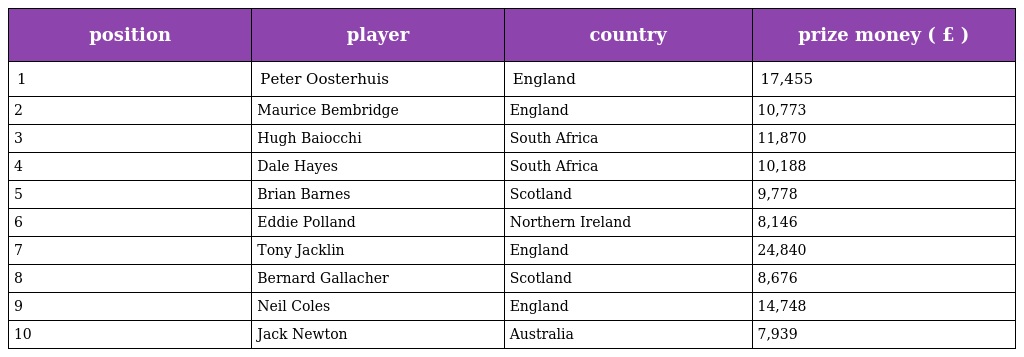
| position | player | country | prize money ( £ ) |
 | --- | --- | --- | --- |
 | 1 | Peter Oosterhuis | England | 17,455 |
 | 2 | Maurice Bembridge | England | 10,773 |
 | 3 | Hugh Baiocchi | South Africa | 11,870 |
 | 4 | Dale Hayes | South Africa | 10,188 |
 | 5 | Brian Barnes | Scotland | 9,778 |
 | 6 | Eddie Polland | Northern Ireland | 8,146 |
 | 7 | Tony Jacklin | England | 24,840 |
 | 8 | Bernard Gallacher | Scotland | 8,676 |
 | 9 | Neil Coles | England | 14,748 |
 | 10 | Jack Newton | Australia | 7,939 |